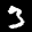
Label: 3